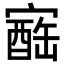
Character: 𪧬